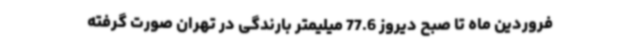
فروردین ماه تا صبح دیروز 77.6 میلیمتر بارندگی در تهران صورت گرفته